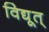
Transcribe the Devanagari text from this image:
विद्यूत्‌